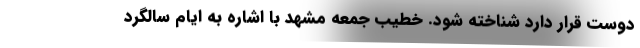
دوست قرار دارد شناخته شود. خطیب جمعه مشهد با اشاره به ایام سالگرد